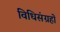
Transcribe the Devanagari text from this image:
विधिसंग्रहों